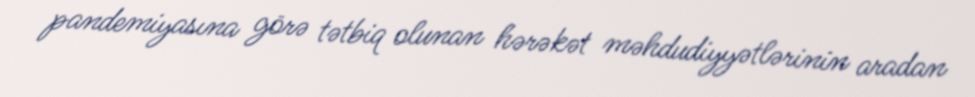
pandemiyasına görə tətbiq olunan hərəkət məhdudiyyətlərinin aradan